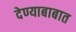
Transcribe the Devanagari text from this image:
देण्याबाबात